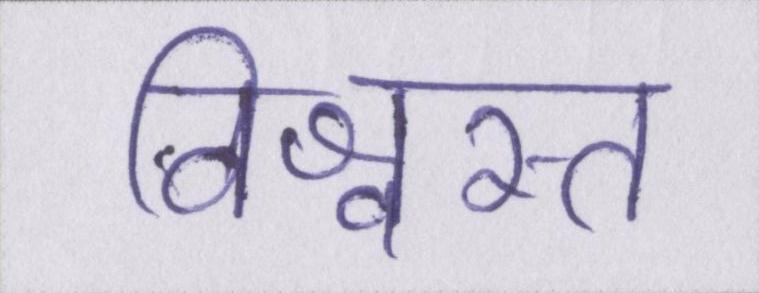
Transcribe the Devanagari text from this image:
विश्वस्त